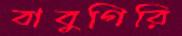
বাবুগিরি